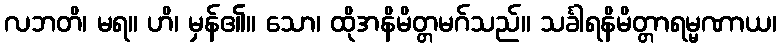
လဘတိ၊ မရ။ ဟိ၊ မှန်၏။ သော၊ ထိုအနိမိတ္တမဂ်သည်။ သင်္ခါရနိမိတ္တာရမ္မဏာယ၊